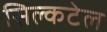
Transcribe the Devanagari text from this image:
सिल्कटेल